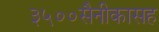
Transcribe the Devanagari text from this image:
३५००सैनीकासह